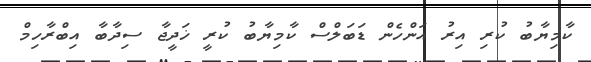
ކާމިޔާބު ކުރި އިރު އަންހެން ޑަބަލްސް ކާމިޔާބު ކުރީ ޚަދީޖާ ސިދާބާ އިބްރާހިމް